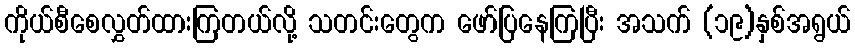
ကိုယ်စီစေလွှတ်ထားကြတယ်လို့ သတင်းတွေက ဖော်ပြနေကြပြီး အသက် (၁၉)နှစ်အရွယ်